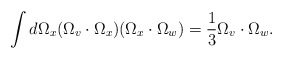
\begin{align*}\int d \Omega_x(\Omega_v\cdot \Omega_x)(\Omega_x\cdot\Omega_w) = \frac{1}{3}\Omega_v\cdot\Omega_w .\end{align*}